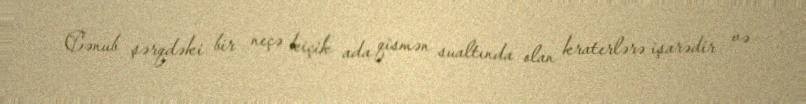
Cənub şərqdəki bir neçə kiçik ada qismən sualtında olan kraterlərə işarədir və